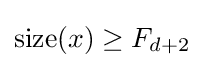
\mathrm {size} (x)\geq F_{d+2}